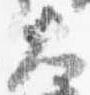
大